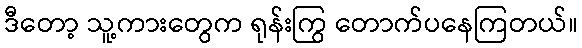
ဒီတော့ သူ့ကားတွေက ရုန်းကြွ တောက်ပနေကြတယ်။